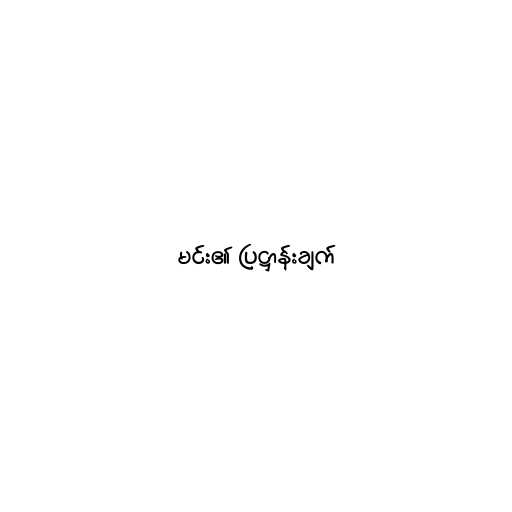
မင်း၏ ပြဋ္ဌာန်းချက်